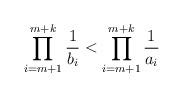
LaTeX: \begin{align*}\prod_{i=m+1}^{m+k} \frac{1}{b_i } < \prod_{i=m+1}^{m+k} \frac{1}{a_i } \end{align*}